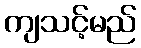
ကျသင့်မည်